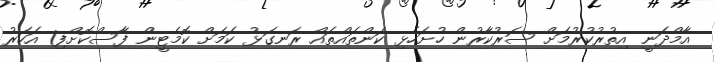
އާމްދަނީ އިތުރުކުރުމަށް ސަރުކާރުން ހުށަހެޅި ކަންތައްތައް ރަނގަޅު ކަމަށް ކޮމެޓީން ފާސްކޮށްފި1 އަހަރު